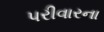
પરીવારના